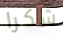
شكرا